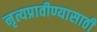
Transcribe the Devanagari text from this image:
नृत्यप्रावीण्यासाठी